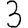
Digit: 3